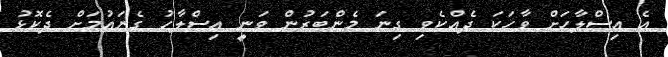
އެ އިސްލާހަށް ވާހަކަ ދެއްކެވި ގިނަ މެންބަރުން ވަނީ އިސްލާހު ގެނައުމަށް ދެކޮޅު